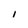
Character: 1